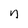
Character: n